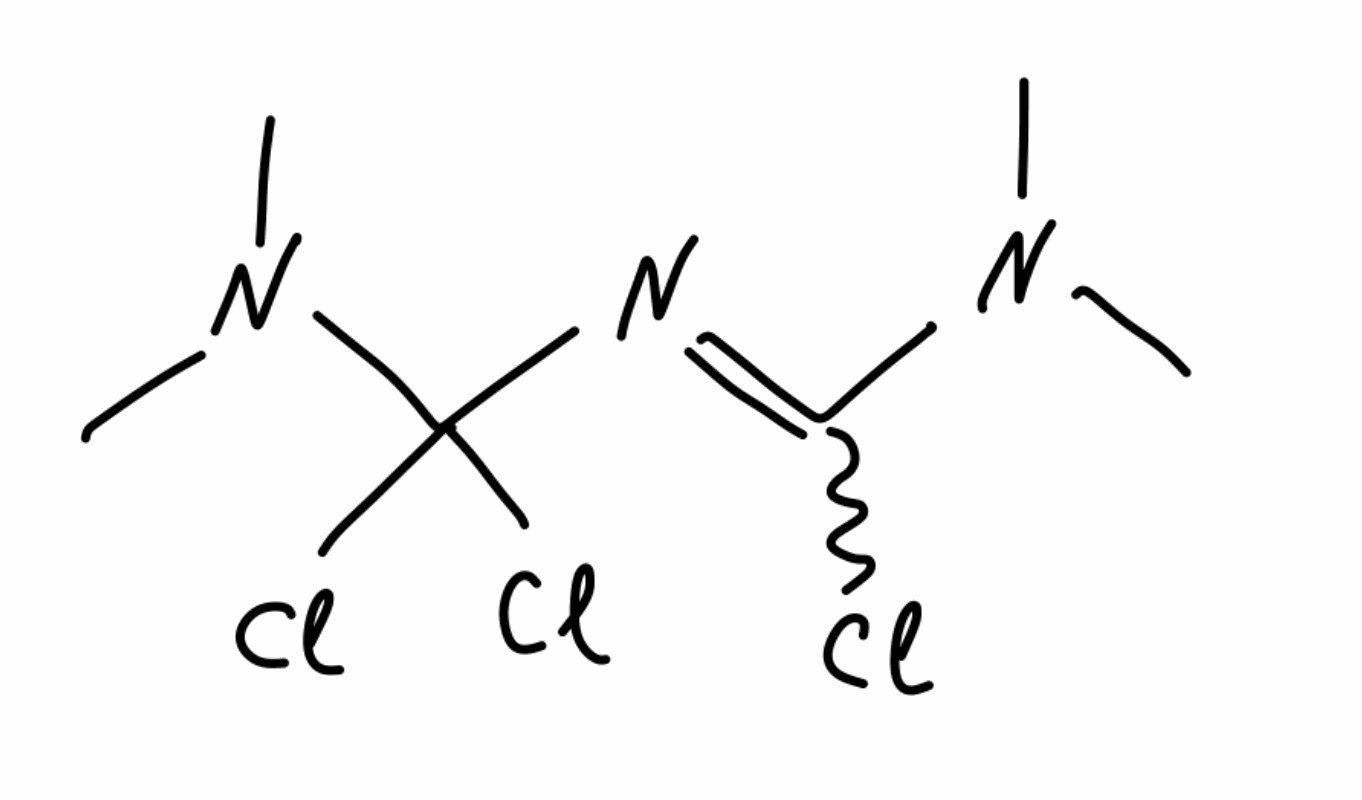
Simplified molecular-input line-entry system (SMILES) notation of the given molecule:
CN(C)C(=NC(N(C)C)(Cl)Cl)Cl